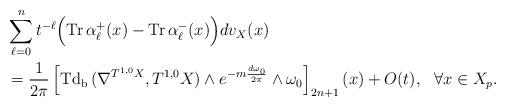
LaTeX: \begin{align*} &\sum^n_{\ell=0}t^{-\ell}\Bigr(\mathrm{Tr\,}\alpha^+_\ell(x)-\mathrm{Tr\,}\alpha^-_\ell(x)\Bigr)dv_X(x) \\&=\frac{1}{2\pi}\left[\mathrm{Td_b\,}(\nabla^{T^{1,0}X},T^{1,0}X)\wedge e^{-m\frac{d\omega_0}{2\pi}}\wedge\omega_0\right]_{2n+1}(x)+O(t),\ \ \forall x\in X_p.\end{align*}